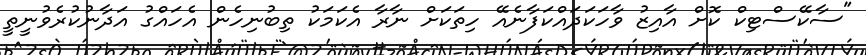
"ސާކޭސްޓިކް ކޮށް އާއިޒު ވާހަކަދައްކަފާނެއޭ ހިތަކަށް ނާރާ އެކަމަކު ތިބުނިހެން އެހައްގު އަދާނުކުރެވުނީތީ